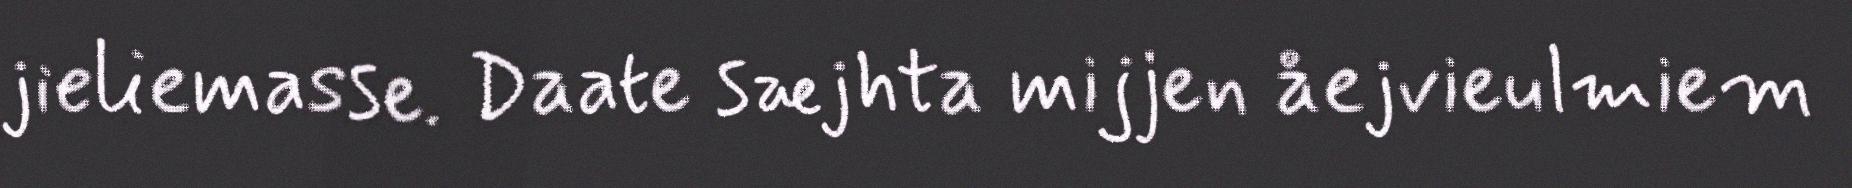
jieliemasse. Daate sæjhta mijjen åejvieulmiem